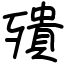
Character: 殨